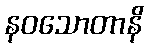
နဝသောတာနိ